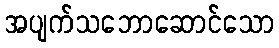
အပျက်သဘောဆောင်သော